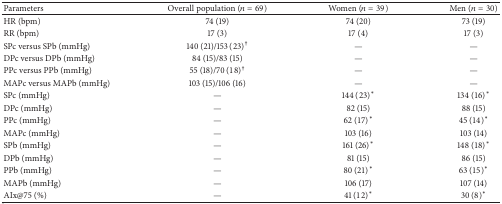
<table><thead><tr><td><b>Parameters</b></td><td><b>Overall population (<i>n</i> = 69)</b></td><td><b>Women (<i>n</i> = 39)</b></td><td><b>Men (<i>n</i> = 30)</b></td></tr></thead><tbody><tr><td>HR (bpm)</td><td>74 (19)</td><td>74 (20)</td><td>73 (19)</td></tr><tr><td>RR (bpm)</td><td>17 (3)</td><td>17 (4)</td><td>17 (3)</td></tr><tr><td>SPc versus SPb (mmHg)</td><td>140 (21)/153 (23)<sup>†</sup></td><td>—</td><td>—</td></tr><tr><td>DPc versus DPb (mmHg)</td><td>84 (15)/83 (15)</td><td>—</td><td>—</td></tr><tr><td>PPc versus PPb (mmHg)</td><td>55 (18)/70 (18)<sup>†</sup></td><td>—</td><td>—</td></tr><tr><td>MAPc versus MAPb (mmHg)</td><td>103 (15)/106 (16)</td><td>—</td><td>—</td></tr><tr><td>SPc (mmHg)</td><td>—</td><td>144 (23)<sup><i>∗</i></sup></td><td>134 (16)<sup><i>∗</i></sup></td></tr><tr><td>DPc (mmHg)</td><td>—</td><td>82 (15)</td><td>88 (15)</td></tr><tr><td>PPc (mmHg)</td><td>—</td><td>62 (17)<sup><i>∗</i></sup></td><td>45 (14)<sup><i>∗</i></sup></td></tr><tr><td>MAPc (mmHg)</td><td>—</td><td>103 (16)</td><td>103 (14)</td></tr><tr><td>SPb (mmHg)</td><td>—</td><td>161 (26)<sup><i>∗</i></sup></td><td>148 (18)<sup><i>∗</i></sup></td></tr><tr><td>DPb (mmHg)</td><td>—</td><td>81 (15)</td><td>86 (15)</td></tr><tr><td>PPb (mmHg)</td><td>—</td><td>80 (21)<sup><i>∗</i></sup></td><td>63 (15)<sup><i>∗</i></sup></td></tr><tr><td>MAPb (mmHg)</td><td>—</td><td>106 (17)</td><td>107 (14)</td></tr><tr><td>AIx@75 (%)</td><td>—</td><td>41 (12)<sup><i>∗</i></sup></td><td>30 (8)<sup><i>∗</i></sup></td></tr></tbody></table>